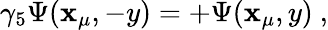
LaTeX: \gamma_{5}\Psi(\mathbf{x}_{\mu},-y)=+\Psi(\mathbf{x}_{\mu},y)~,